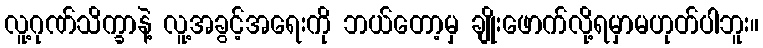
လူ့ဂုဏ်သိက္ခာနဲ့ လူ့အခွင့်အရေးကို ဘယ်တော့မှ ချိုးဖောက်လို့ရမှာမဟုတ်ပါဘူး။